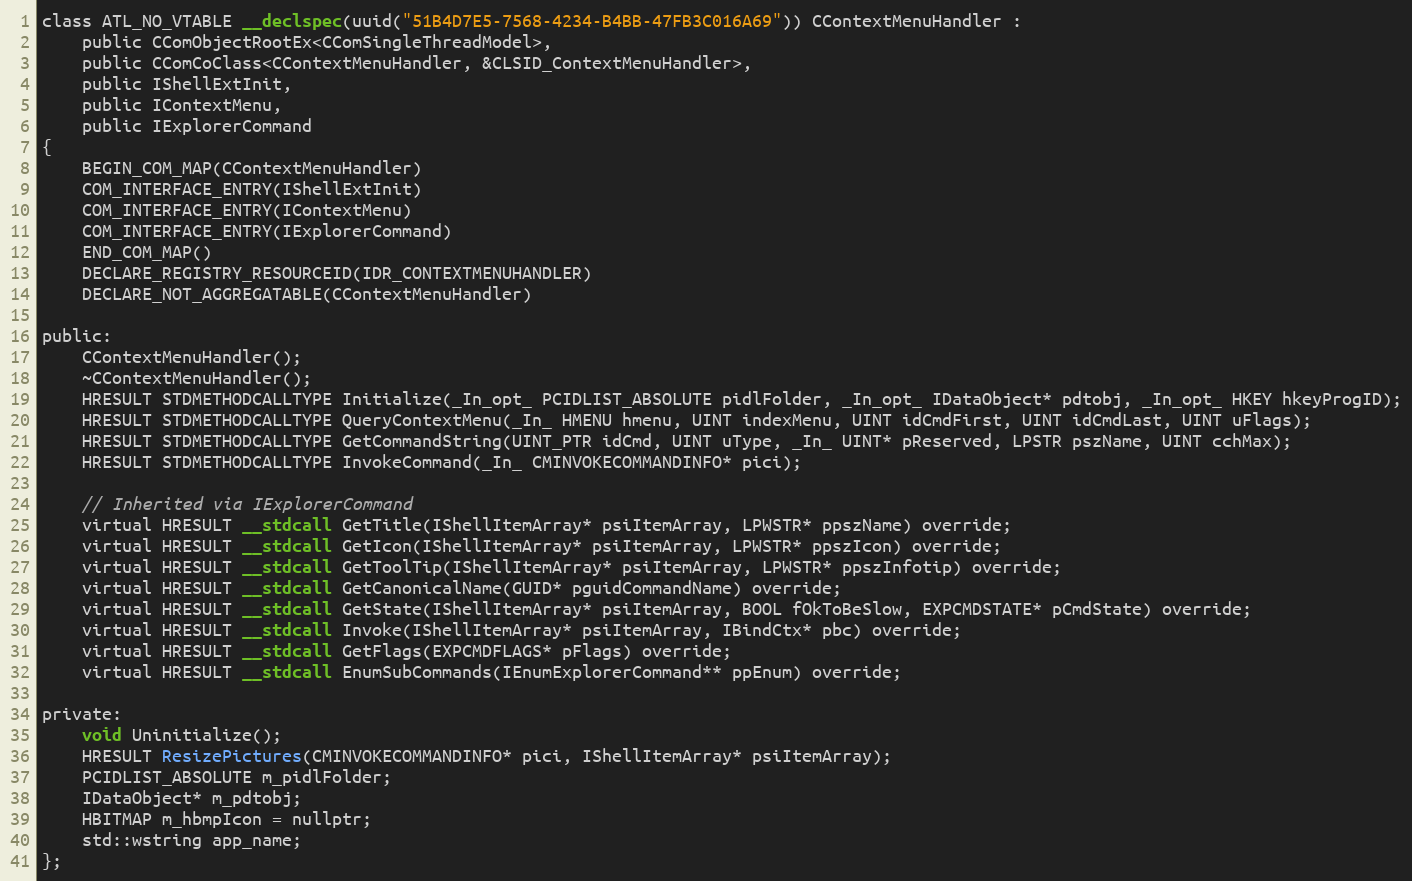
Language: C
class ATL_NO_VTABLE __declspec(uuid("51B4D7E5-7568-4234-B4BB-47FB3C016A69")) CContextMenuHandler :
    public CComObjectRootEx<CComSingleThreadModel>,
    public CComCoClass<CContextMenuHandler, &CLSID_ContextMenuHandler>,
    public IShellExtInit,
    public IContextMenu,
    public IExplorerCommand
{
    BEGIN_COM_MAP(CContextMenuHandler)
    COM_INTERFACE_ENTRY(IShellExtInit)
    COM_INTERFACE_ENTRY(IContextMenu)
    COM_INTERFACE_ENTRY(IExplorerCommand)
    END_COM_MAP()
    DECLARE_REGISTRY_RESOURCEID(IDR_CONTEXTMENUHANDLER)
    DECLARE_NOT_AGGREGATABLE(CContextMenuHandler)

public:
    CContextMenuHandler();
    ~CContextMenuHandler();
    HRESULT STDMETHODCALLTYPE Initialize(_In_opt_ PCIDLIST_ABSOLUTE pidlFolder, _In_opt_ IDataObject* pdtobj, _In_opt_ HKEY hkeyProgID);
    HRESULT STDMETHODCALLTYPE QueryContextMenu(_In_ HMENU hmenu, UINT indexMenu, UINT idCmdFirst, UINT idCmdLast, UINT uFlags);
    HRESULT STDMETHODCALLTYPE GetCommandString(UINT_PTR idCmd, UINT uType, _In_ UINT* pReserved, LPSTR pszName, UINT cchMax);
    HRESULT STDMETHODCALLTYPE InvokeCommand(_In_ CMINVOKECOMMANDINFO* pici);

    // Inherited via IExplorerCommand
    virtual HRESULT __stdcall GetTitle(IShellItemArray* psiItemArray, LPWSTR* ppszName) override;
    virtual HRESULT __stdcall GetIcon(IShellItemArray* psiItemArray, LPWSTR* ppszIcon) override;
    virtual HRESULT __stdcall GetToolTip(IShellItemArray* psiItemArray, LPWSTR* ppszInfotip) override;
    virtual HRESULT __stdcall GetCanonicalName(GUID* pguidCommandName) override;
    virtual HRESULT __stdcall GetState(IShellItemArray* psiItemArray, BOOL fOkToBeSlow, EXPCMDSTATE* pCmdState) override;
    virtual HRESULT __stdcall Invoke(IShellItemArray* psiItemArray, IBindCtx* pbc) override;
    virtual HRESULT __stdcall GetFlags(EXPCMDFLAGS* pFlags) override;
    virtual HRESULT __stdcall EnumSubCommands(IEnumExplorerCommand** ppEnum) override;

private:
    void Uninitialize();
    HRESULT ResizePictures(CMINVOKECOMMANDINFO* pici, IShellItemArray* psiItemArray);
    PCIDLIST_ABSOLUTE m_pidlFolder;
    IDataObject* m_pdtobj;
    HBITMAP m_hbmpIcon = nullptr;
    std::wstring app_name;
};